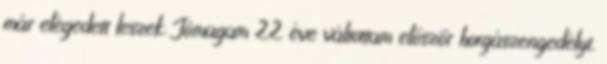
már elégedett leszek. Jómagam 22 éve váltottam először horgászengedélyt,